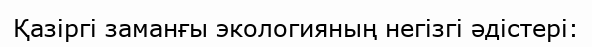
Қазіргі заманғы экологияның негізгі әдістері: